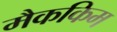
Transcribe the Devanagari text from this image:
मैककिम